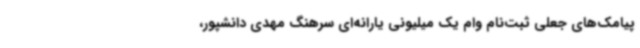
پیامک‌های جعلی ثبت‌نام وام یک میلیونی یارانه‌ای سرهنگ مهدی دانشپور،